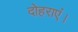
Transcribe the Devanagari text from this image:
दोहराएं।